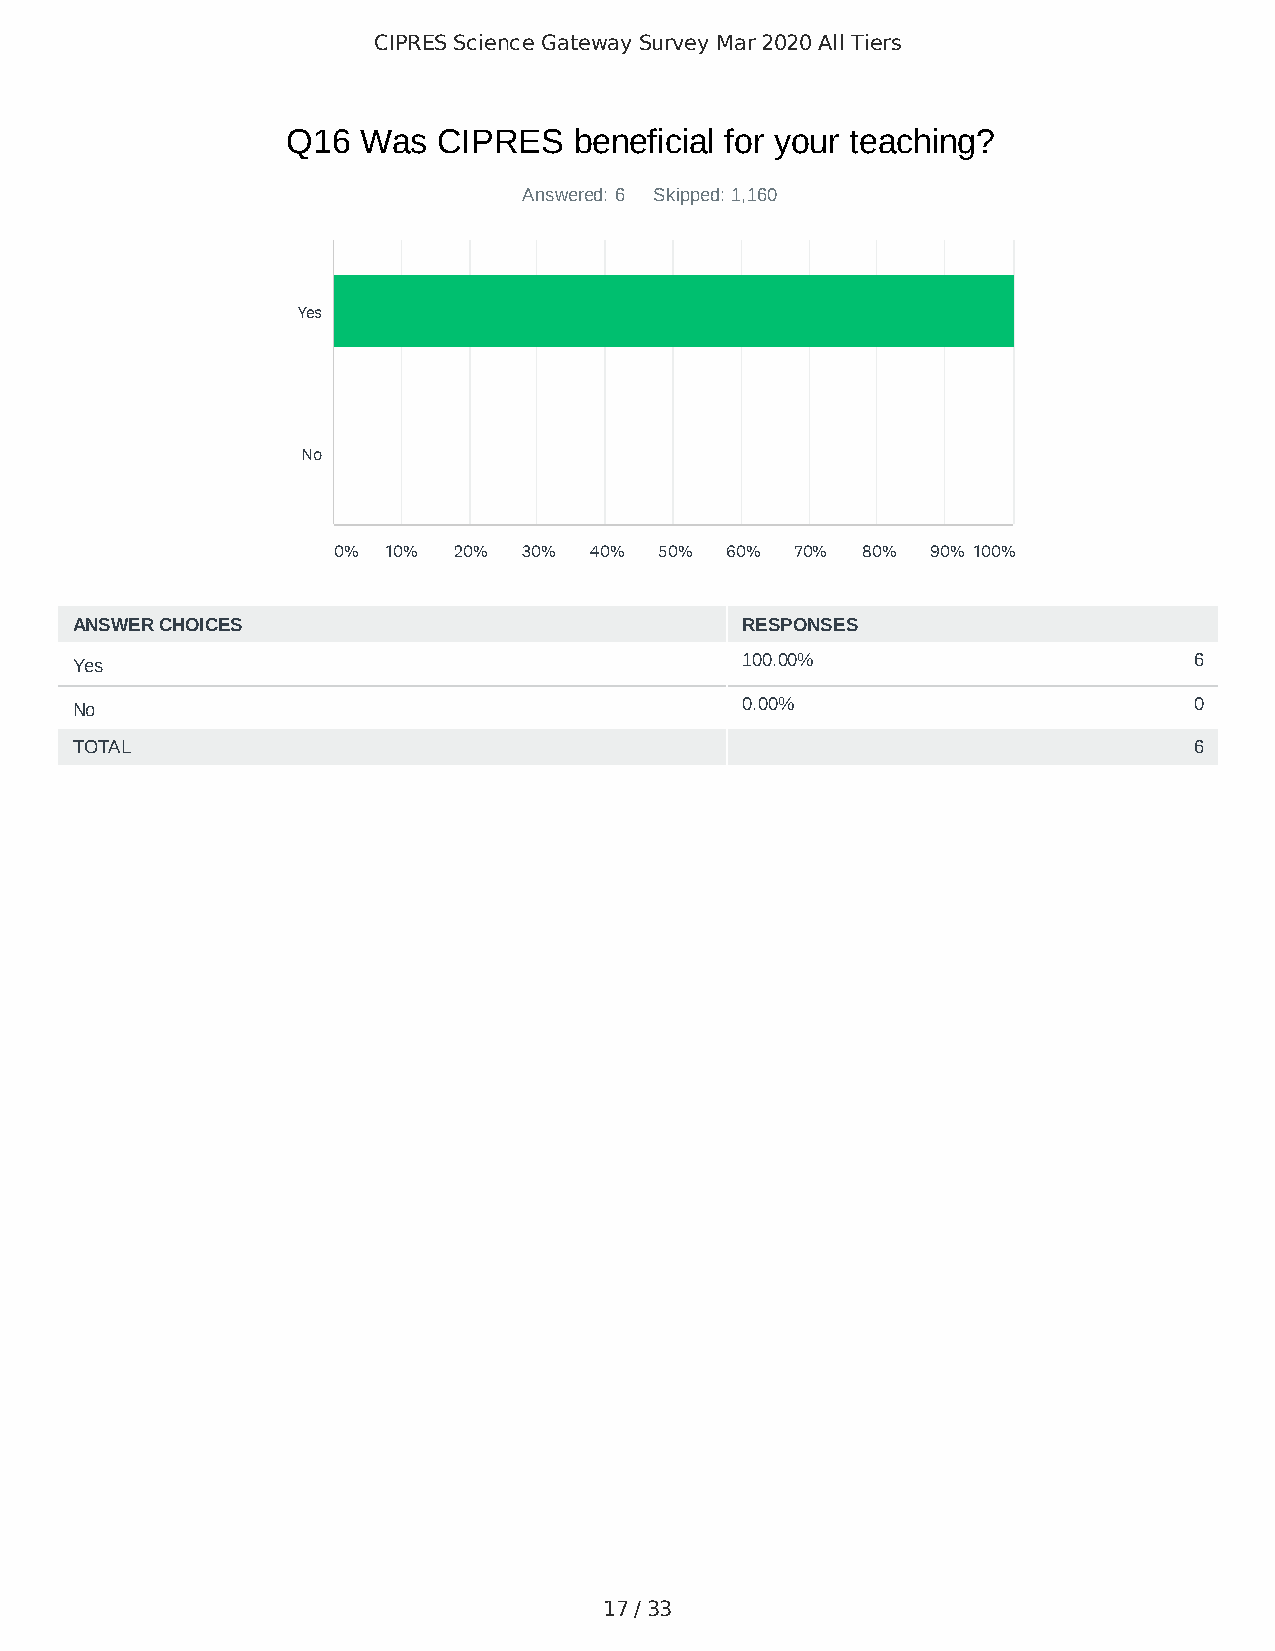
CIPRES Science Gateway Survey Mar 2020 All Tiers
 Q16  Was  CIPRES   beneficial for your teaching?
 Answered: 6 Skipped: 1,160
 Yes
 No
 0%  10% 20%  30% 40%  50% 60%  70% 80%  90% 100%
 ANSWER CHOICES                              RESPONSES
 Yes                                         100.00%                       6
 No                                          0.00%                         0
 TOTAL                                                                     6
 17 / 33